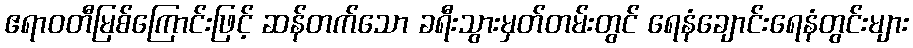
ဧရာဝတီမြစ်ကြောင်းဖြင့် ဆန်တက်သော ခရီးသွားမှတ်တမ်းတွင် ရေနံချောင်းရေနံတွင်းများ